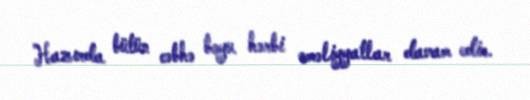
Hazırda bütün cəbhə boyu hərbi əməliyyatlar davam edir.